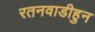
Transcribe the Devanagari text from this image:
रतनवाडीहुन